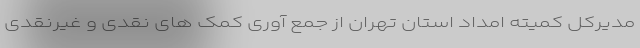
مدیرکل کمیته امداد استان تهران از جمع آوری کمک های نقدی و غیرنقدی